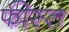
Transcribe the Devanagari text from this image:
फीस्त